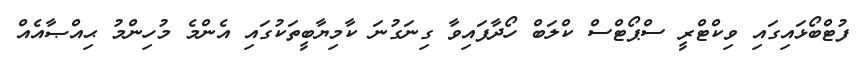
ފުޓްބޯޅައިގައި ވިކްޓްރީ ސްޕޯޓްސް ކްލަބް ހޯދާފައިވާ ގިނަގުނަ ކާމިޔާބީތަކުގައި އެންމެ މުހިންމު ޙިއްޞާއެއް